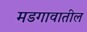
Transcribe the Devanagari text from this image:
मडगावातील